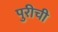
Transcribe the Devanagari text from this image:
पुरीची